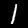
Label: 1